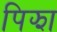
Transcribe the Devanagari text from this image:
पिझा